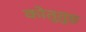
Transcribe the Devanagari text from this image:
कोतूतुङ